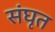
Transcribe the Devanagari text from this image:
संघृत